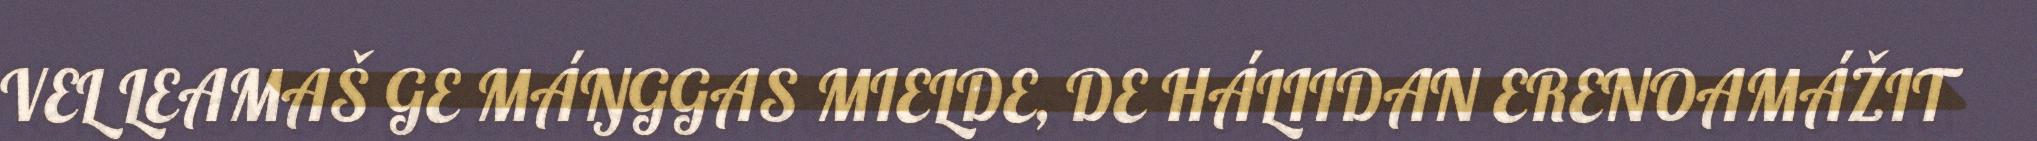
VEL LEAMAŠ GE MÁŊGGAS MIELDE, DE HÁLIIDAN ERENOAMÁŽIT